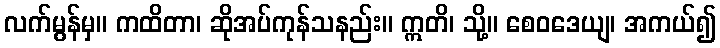
လက်မွန်မှ။ ကထိတာ၊ ဆိုအပ်ကုန်သနည်း။ ဣတိ၊ သို့။ စေဝဒေယျ၊ အကယ်၍